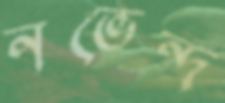
নভেন্দ